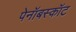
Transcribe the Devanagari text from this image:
पेनॉबस्कॉट